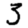
Digit: 3